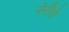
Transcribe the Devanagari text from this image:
नेरीचे